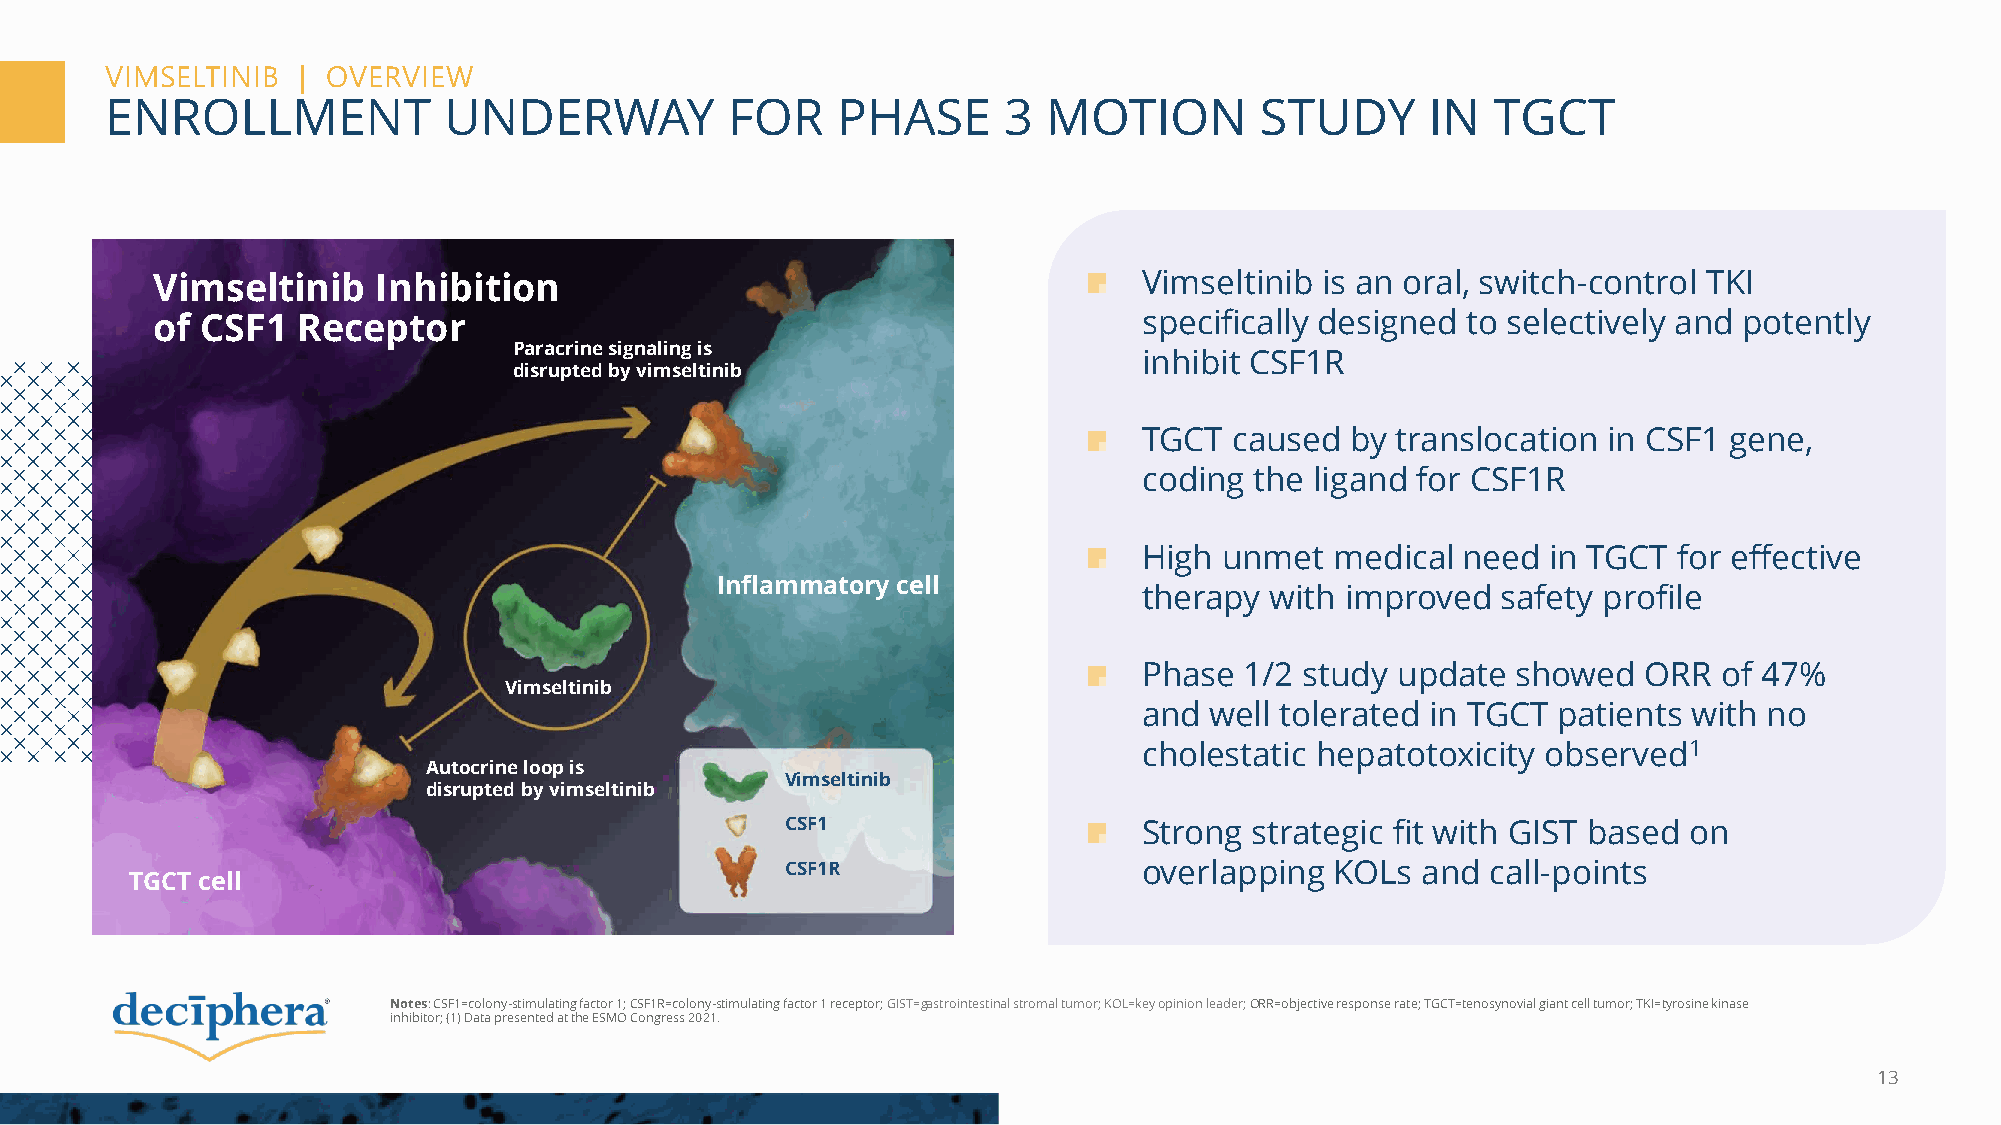
VIMSELTINIB  | OVERVIEW
 ENROLLMENT            UNDERWAY           FOR    PHASE      3  MOTION        STUDY       IN  TGCT
 Vimseltinib    Inhibition                                         Vimseltinib is an oral, switch-control TKI
 of CSF1   Receptor                                                specifically designed to selectively and potently
 Paracrine signaling is
 inhibit CSF1R
 disrupted by vimseltinib
 TGCT  caused by translocation in CSF1 gene,
 coding the ligand for CSF1R
 High unmet  medical  need  in TGCT for effective
 Inflammatory cell
 therapy with improved  safety profile
 Phase 1/2 study update  showed   ORR  of 47%
 Vimseltinib
 and well tolerated in TGCT patients with no
 cholestatic hepatotoxicity observed1
 Autocrine loop is
 Vimseltinib
 disrupted by vimseltinib
 CSF1                    Strong strategic fit with GIST based on
 CSF1R                   overlapping KOLs  and  call-points
 TGCT cell
 Notes: CSF1=colony-stimulating factor 1; CSF1R=colony-stimulating factor 1 receptor; GIST=gastrointestinal stromal tumor; KOL=key opinion leader; ORR=objective response rate;TGCT=tenosynovial giant cell tumor; TKI=tyrosine kinase
 inhibitor; (1) Data presented at the ESMO Congress 2021.
 13